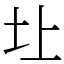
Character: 圵